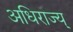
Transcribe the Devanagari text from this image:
अधिराज्य्